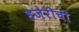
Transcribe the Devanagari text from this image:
हजेरीची